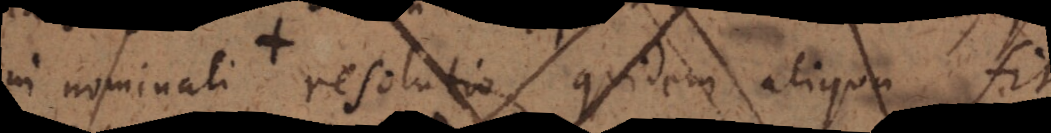
in nominali resolutio quidem aliqua fit,